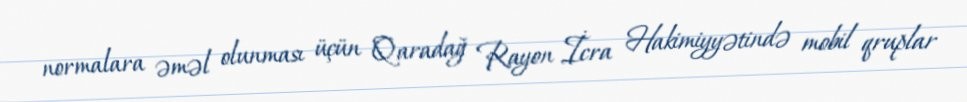
normalara əməl olunması üçün Qaradağ Rayon İcra Hakimiyyətində mobil qruplar